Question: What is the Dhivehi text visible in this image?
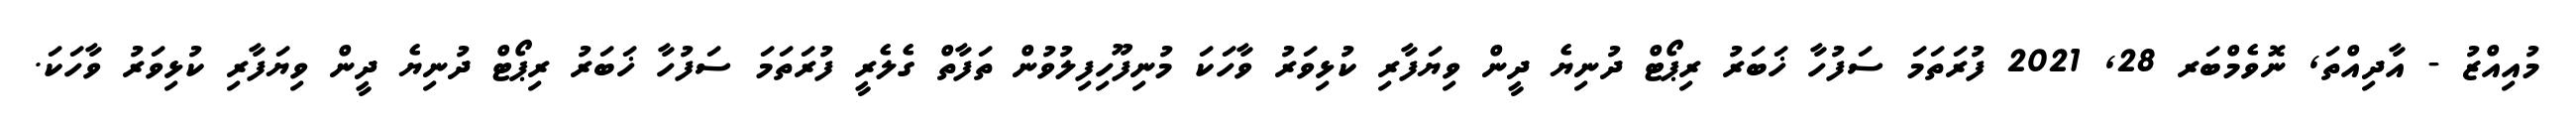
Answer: މުއިއްޒު - އާދިއްތަ, ނޮވެމްބަރ 28, 2021 ފުރަތަމަ ސަފުހާ ޚަބަރު ރިޕޯޓް ދުނިޔެ ދީން ވިޔަފާރި ކުޅިވަރު ވާހަކަ މުނިފޫހިފިލުވުން ތަފާތް ގެލެރީ ފުރަތަމަ ސަފުހާ ޚަބަރު ރިޕޯޓް ދުނިޔެ ދީން ވިޔަފާރި ކުޅިވަރު ވާހަކަ.